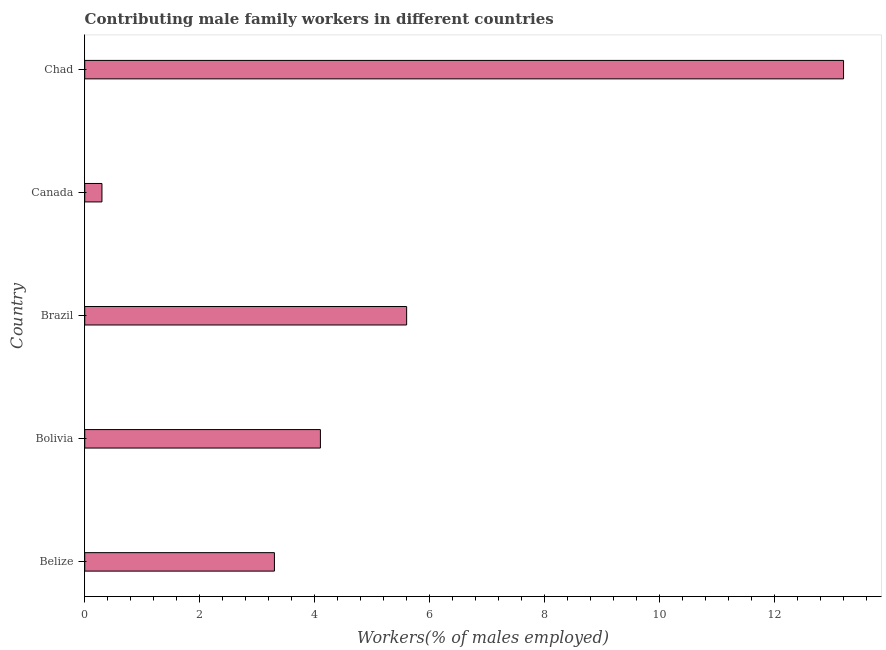
| Country | Contributing family workers |
 | --- | --- |
 | Belize | 3.3 |
 | Bolivia | 4.1 |
 | Brazil | 5.6 |
 | Canada | 0.3 |
 | Chad | 13.2 |